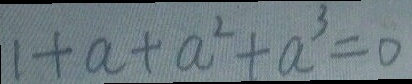
1 + a + a ^ { 2 } + a ^ { 3 } = 0